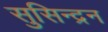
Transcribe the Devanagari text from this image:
सुसिन्द्रन